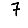
Digit: 7